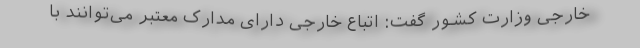
خارجی وزارت کشور گفت: اتباع خارجی دارای مدارک معتبر می‌توانند با